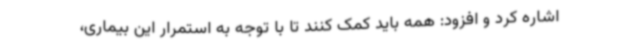
اشاره کرد و افزود: همه باید کمک کنند تا با توجه به استمرار این بیماری،